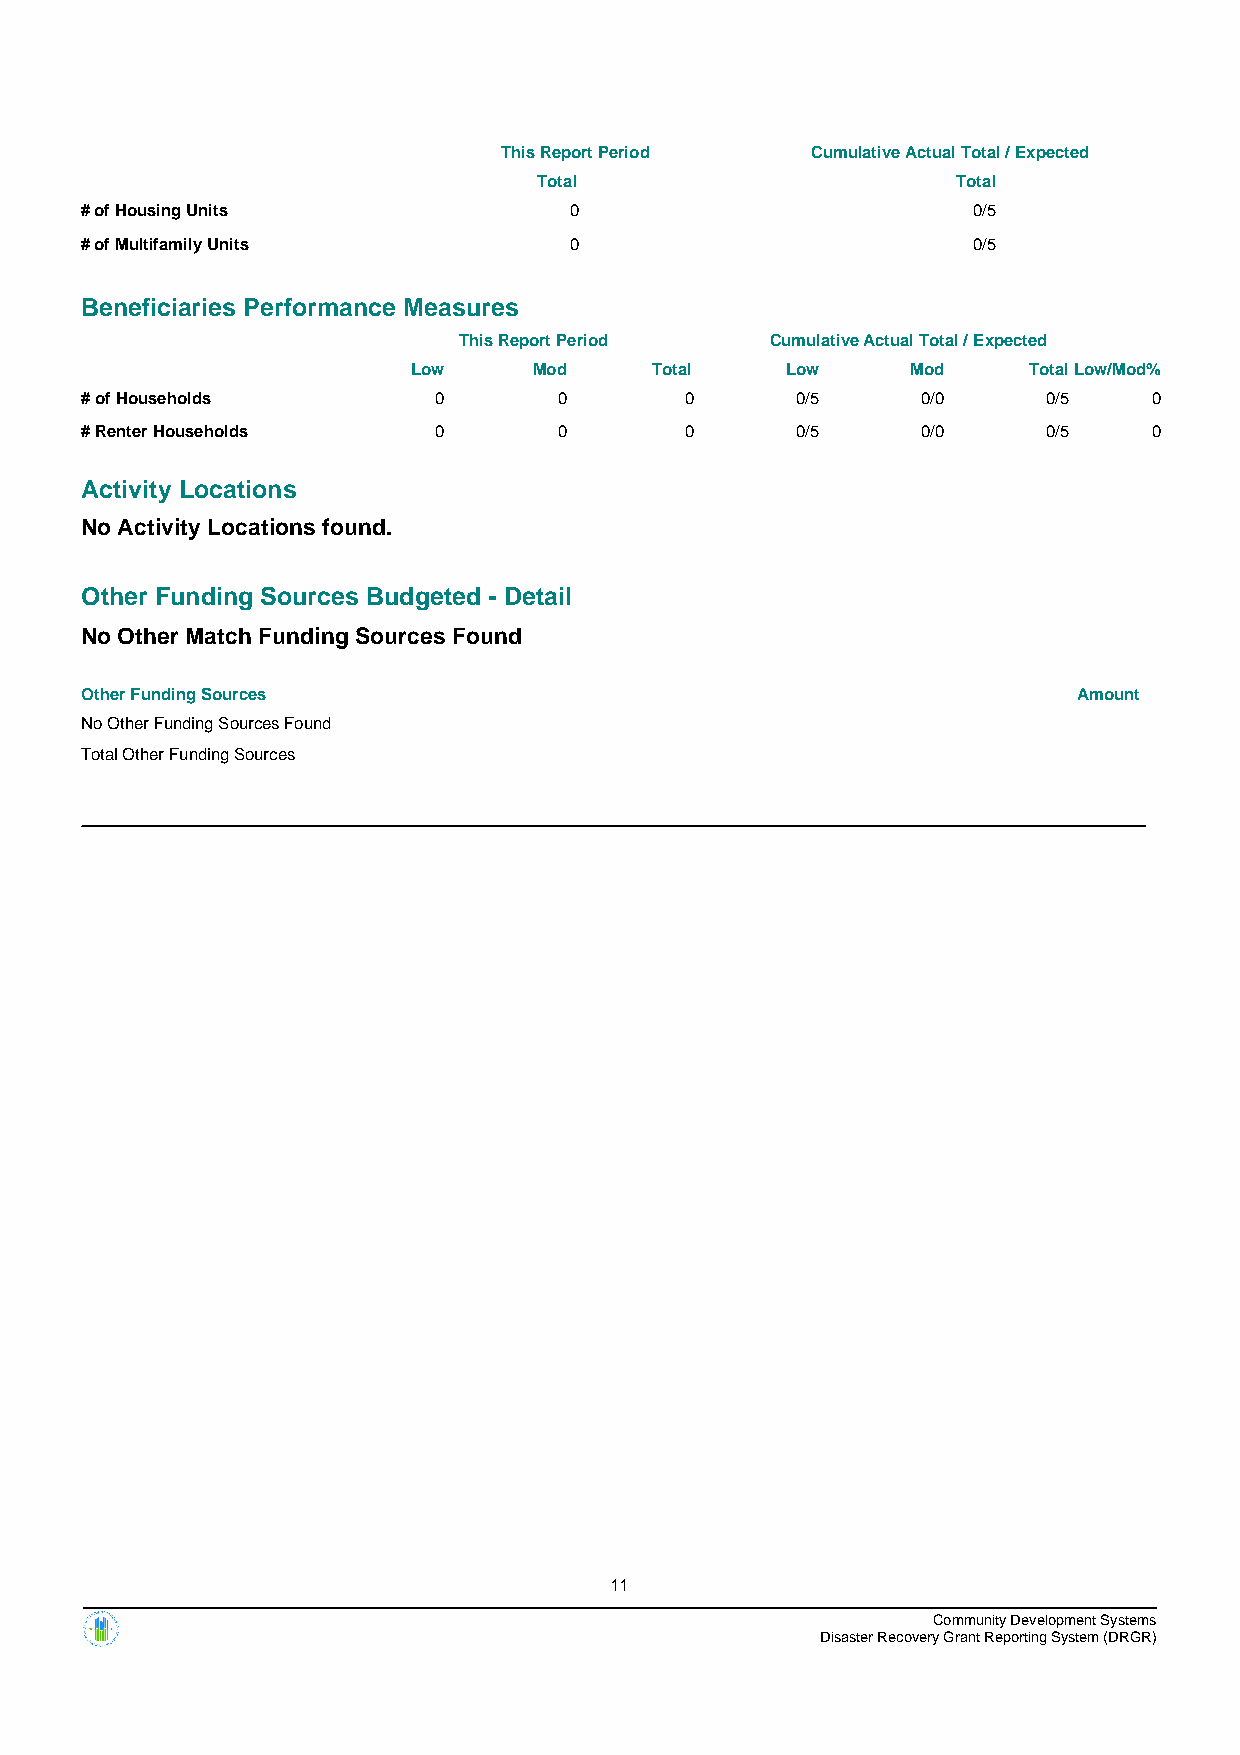
This Report Period   Cumulative Actual Total / Expected
 Total                      Total
 # of Housing Units               0                         0/5
 # of Multifamily Units           0                         0/5
 Beneficiaries Performance Measures
 This Report Period   Cumulative Actual Total / Expected
 Low     Mod     Total    Low     Mod     TotalLow/Mod%
 # of Households         0       0       0       0/5     0/0     0/5    0
 # Renter Households     0       0       0       0/5     0/0     0/5    0
 Activity Locations
 No Activity Locations found.
 Other Funding Sources Budgeted - Detail
 No Other Match Funding Sources Found
 Other Funding Sources                                             Amount
 No Other Funding Sources Found
 Total Other Funding Sources
 11
 Community Development Systems
 Disaster Recovery Grant Reporting System (DRGR)